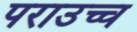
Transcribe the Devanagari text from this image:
पराउच्च